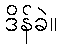
ဒိန်ခဲ။